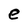
Character: e